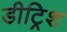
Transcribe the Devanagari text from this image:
डीट्रिश